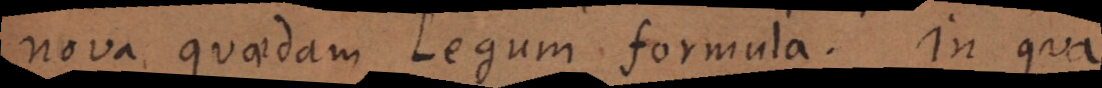
nova quaedam Legum formula. In qua